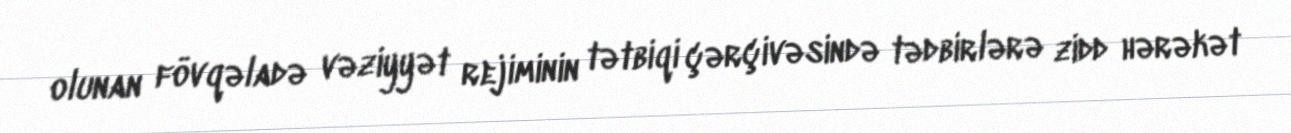
olunan fövqəladə vəziyyət rejiminin tətbiqi çərçivəsində tədbirlərə zidd hərəkət